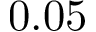
0 . 0 5